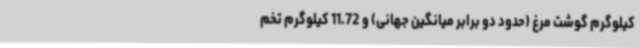
کیلوگرم گوشت مرغ (حدود دو برابر میانگین جهانی) و 11.72 کیلوگرم تخم